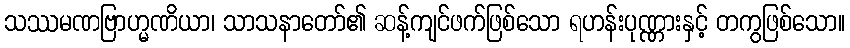
သဿမဏဗြာဟ္မဏိယာ၊ သာသနာတော်၏ ဆန့်ကျင်ဖက်ဖြစ်သော ရဟန်းပုဏ္ဏားနှင့် တကွဖြစ်သော။